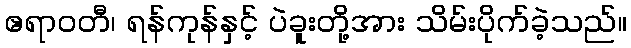
ဧရာဝတီ၊ ရန်ကုန်နှင့် ပဲခူးတို့အား သိမ်းပိုက်ခဲ့သည်။